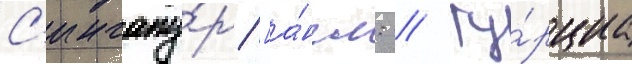
С'ингапу́р [а́нгл. // Ту́рциа